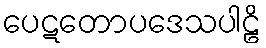
ပေဋတောပဒေသပါဠိ